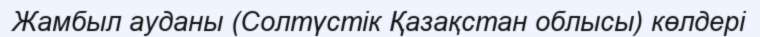
Жамбыл ауданы (Солтүстік Қазақстан облысы) көлдері